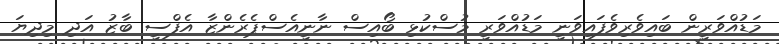
މަޑުއްވަރީން ބައިވެރިވެފައިވަނީ މަޑުއްވަރީ މުސްކުޅި ބޯއިސް ނާނީއެސްޕެރެންޒާ އެފްސީ ބާޒު އަދި މިދިޔަ